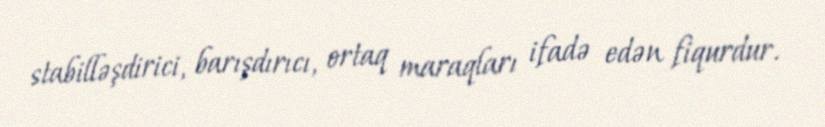
stabilləşdirici, barışdırıcı, ortaq maraqları ifadə edən fiqurdur.